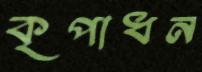
কৃপাধন